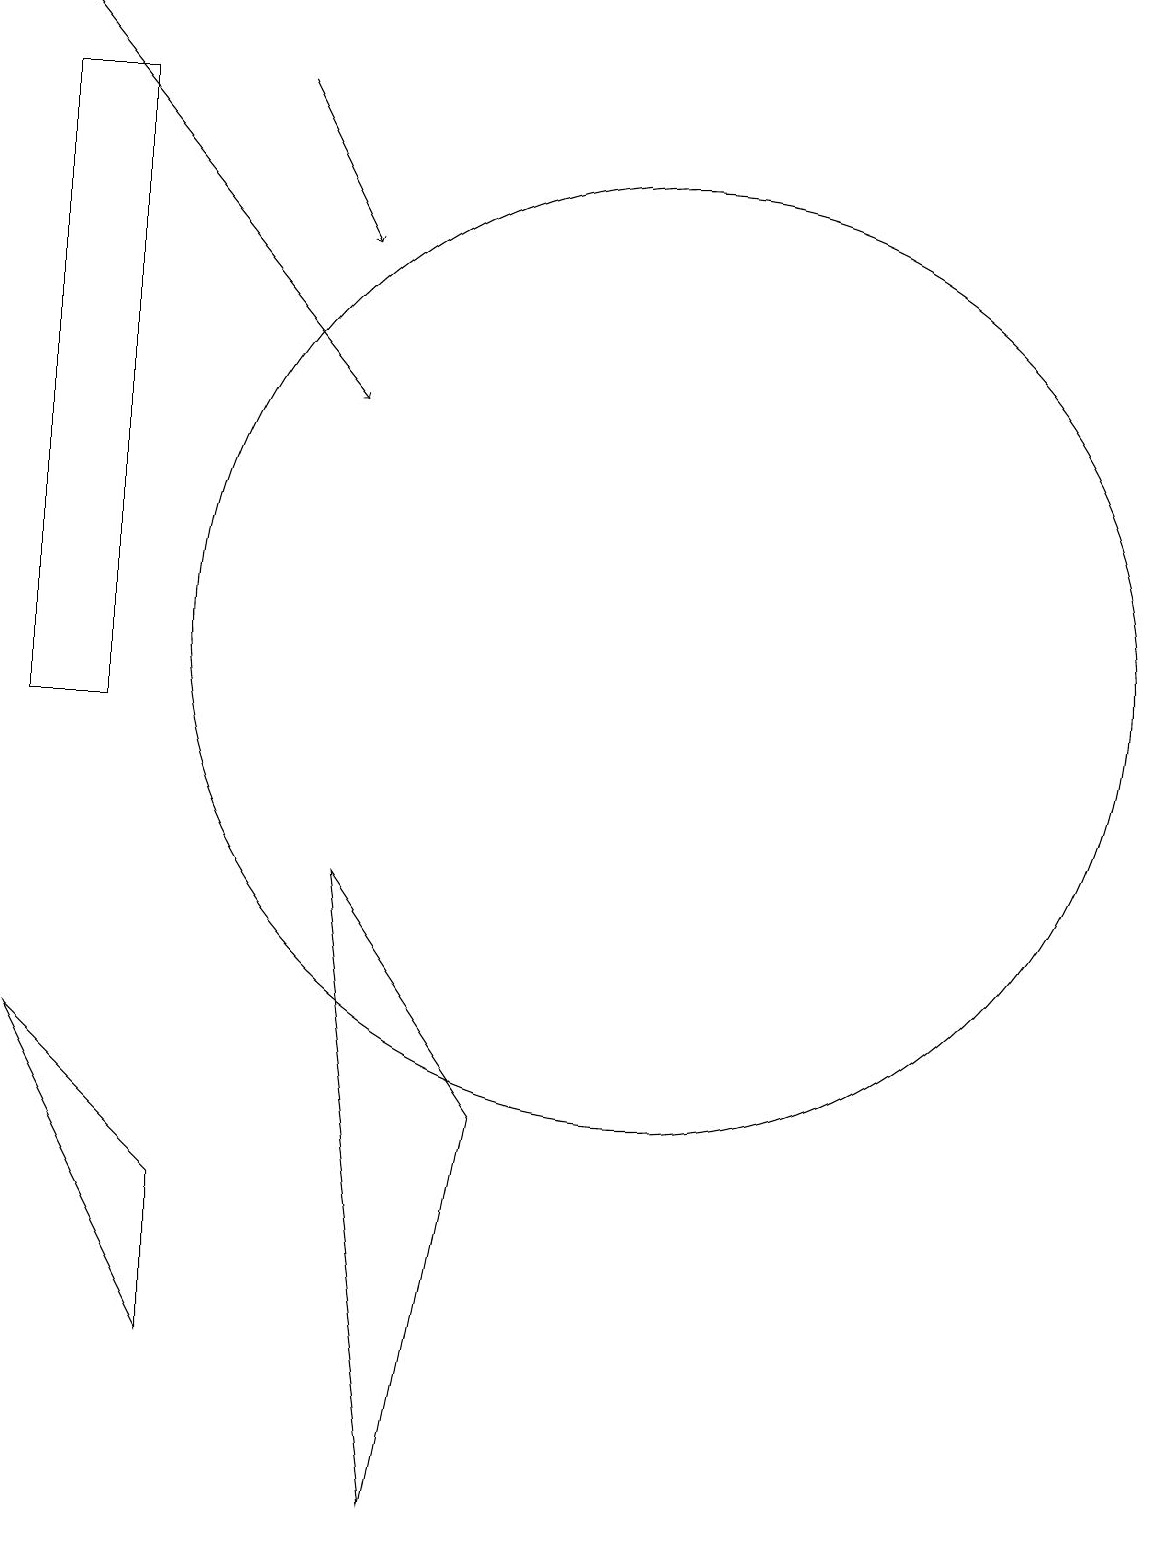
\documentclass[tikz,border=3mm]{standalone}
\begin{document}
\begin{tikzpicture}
\draw[->] (2,19) -- (6,14);
\draw (3,10) rectangle (2,18);
\draw (8,5) -- (7,0) -- (6,8) -- cycle;
\draw (10,11) circle (6);
\draw[->] (5,18) -- (6,16);
\draw (2,6) -- (4,2) -- (4,4) -- cycle;
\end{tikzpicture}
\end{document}